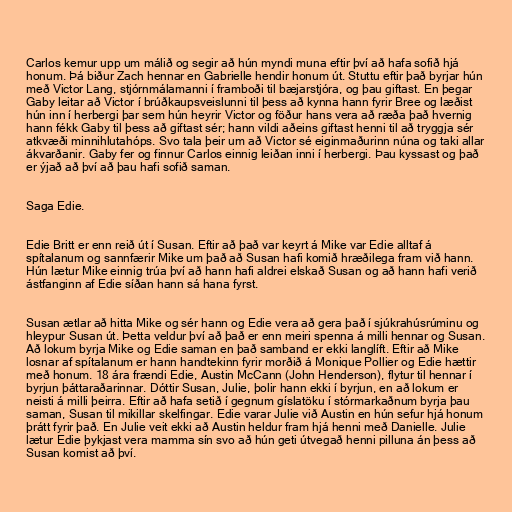
Carlos kemur upp um málið og segir að hún myndi muna eftir því að hafa sofið hjá
honum. Þá biður Zach hennar en Gabrielle hendir honum út. Stuttu eftir það byrjar hún
með Victor Lang, stjórnmálamanni í framboði til bæjarstjóra, og þau giftast. En þegar
Gaby leitar að Victor í brúðkaupsveislunni til þess að kynna hann fyrir Bree og læðist
hún inn í herbergi þar sem hún heyrir Victor og föður hans vera að ræða það hvernig
hann fékk Gaby til þess að giftast sér; hann vildi aðeins giftast henni til að tryggja sér
atkvæði minnihlutahóps. Svo tala þeir um að Victor sé eiginmaðurinn núna og taki allar
ákvarðanir. Gaby fer og finnur Carlos einnig leiðan inni í herbergi. Þau kyssast og það
er ýjað að því að þau hafi sofið saman.

Saga Edie.

Edie Britt er enn reið út í Susan. Eftir að það var keyrt á Mike var Edie alltaf á
spítalanum og sannfærir Mike um það að Susan hafi komið hræðilega fram við hann.
Hún lætur Mike einnig trúa því að hann hafi aldrei elskað Susan og að hann hafi verið
ástfanginn af Edie síðan hann sá hana fyrst.

Susan ætlar að hitta Mike og sér hann og Edie vera að gera það í sjúkrahúsrúminu og
hleypur Susan út. Þetta veldur því að það er enn meiri spenna á milli hennar og Susan.
Að lokum byrja Mike og Edie saman en það samband er ekki langlíft. Eftir að Mike
losnar af spítalanum er hann handtekinn fyrir morðið á Monique Pollier og Edie hættir
með honum. 18 ára frændi Edie, Austin McCann (John Henderson), flytur til hennar í
byrjun þáttaraðarinnar. Dóttir Susan, Julie, þolir hann ekki í byrjun, en að lokum er
neisti á milli þeirra. Eftir að hafa setið í gegnum gíslatöku í stórmarkaðnum byrja þau
saman, Susan til mikillar skelfingar. Edie varar Julie við Austin en hún sefur hjá honum
þrátt fyrir það. En Julie veit ekki að Austin heldur fram hjá henni með Danielle. Julie
lætur Edie þykjast vera mamma sín svo að hún geti útvegað henni pilluna án þess að
Susan komist að því.